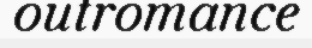
outromance